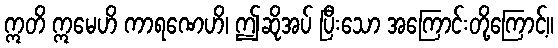
ဣတိ ဣမေဟိ ကာရဏေဟိ၊ ဤဆိုအပ် ပြီးသော အကြောင်းတို့ကြောင့်။